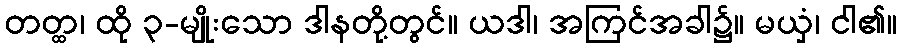
တတ္ထ၊ ထို ၃-မျိုးသော ဒါနတို့တွင်။ ယဒါ၊ အကြင်အခါ၌။ မယှံ၊ ငါ၏။